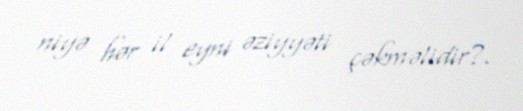
niyə hər il eyni əziyyəti çəkməlidir?.